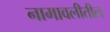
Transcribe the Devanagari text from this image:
नामावलीतील